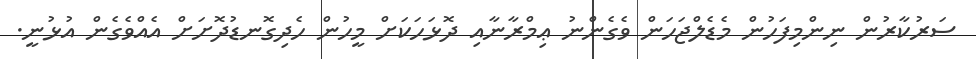
ސަރުކާރުން ނިންމިފަހުން މެޑެލްޖަހަން ވެގެންނު ޢިމްރާނާއި ދޮޅަހަކަށް މީހުން ހެދިގޮނޑުދޮށަށް އެއްވެގެން އުޅުނީ.